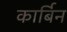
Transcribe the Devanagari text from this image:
कार्बिन